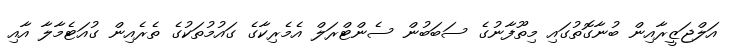
އަލްޖަޒީރާއިން ބުނާގޮތުގައި މިތޫފާނުގެ ސަބަބުން ސެންޓްރަލް އެމެރިކާގެ ގައުމުތަކުގެ ތެރެއިން ގުއަޓެމާލާ އާއި